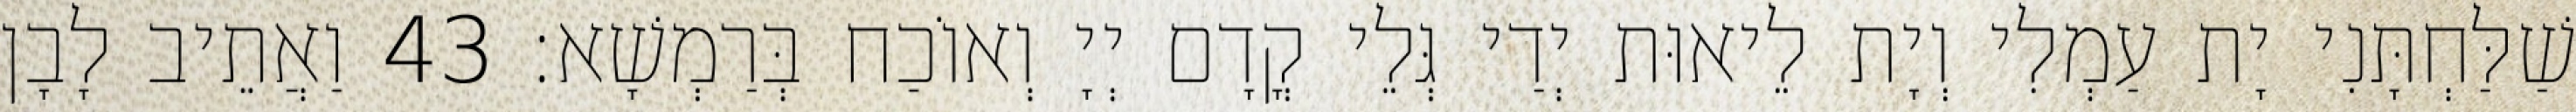
שַׁלַּחְתָּנִי יָת עַמְלִי וְיָת לֵיאוּת יְדַי גְּלֵי קֳדָם יְיָ וְאוֹכַח בְּרַמְשָׁא׃ 43 וַאֲתֵיב לָבָן